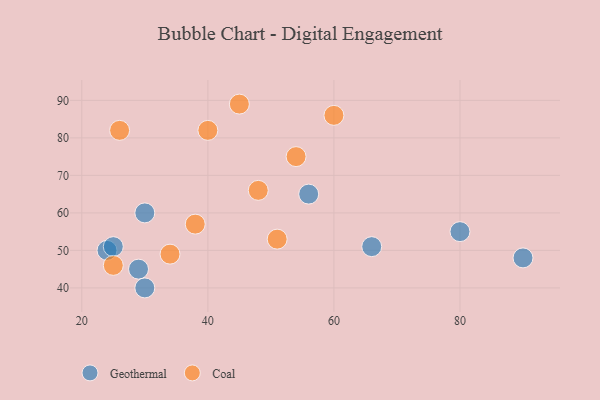
{"axis": {"x": "GDP", "y": "Life Expectancy"}, "legend": ["Coal", "Geothermal"], "data": [{"x": "29", "y": 45, "type": "Geothermal"}, {"x": "30", "y": 60, "type": "Geothermal"}, {"x": "30", "y": 40, "type": "Geothermal"}, {"x": "80", "y": 55, "type": "Geothermal"}, {"x": "24", "y": 50, "type": "Geothermal"}, {"x": "66", "y": 51, "type": "Geothermal"}, {"x": "90", "y": 48, "type": "Geothermal"}, {"x": "56", "y": 65, "type": "Geothermal"}, {"x": "25", "y": 51, "type": "Geothermal"}, {"x": "51", "y": 53, "type": "Coal"}, {"x": "25", "y": 46, "type": "Coal"}, {"x": "40", "y": 82, "type": "Coal"}, {"x": "48", "y": 66, "type": "Coal"}, {"x": "34", "y": 49, "type": "Coal"}, {"x": "54", "y": 75, "type": "Coal"}, {"x": "45", "y": 89, "type": "Coal"}, {"x": "38", "y": 57, "type": "Coal"}, {"x": "26", "y": 82, "type": "Coal"}, {"x": "60", "y": 86, "type": "Coal"}]}